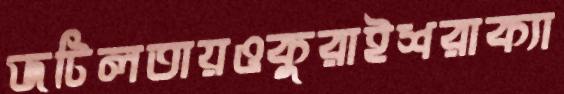
জটিলতায়ওকুরাইশরাক্যা